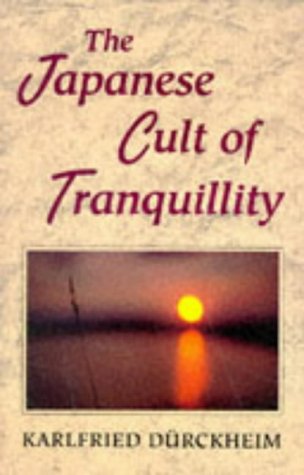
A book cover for The Japanese Cult of Tranquillity; Karlfried DÃ¼rckheim; Religion & Spirituality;